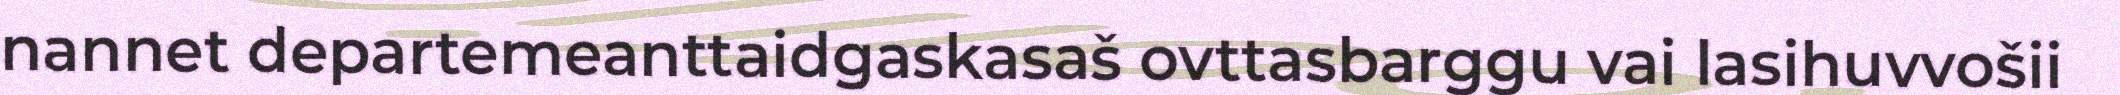
nannet departemeanttaidgaskasaš ovttasbarggu vai lasihuvvošii